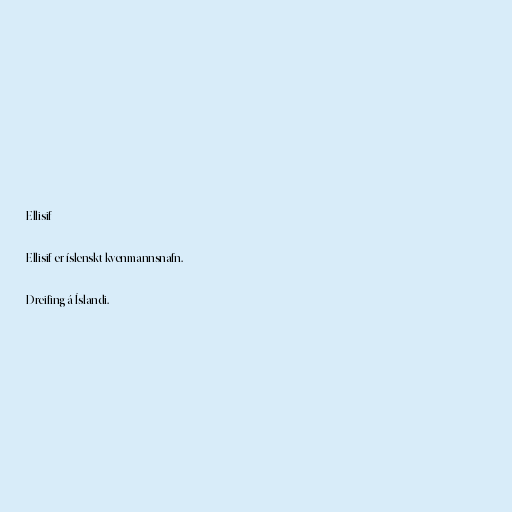
Ellisif

Ellisif er íslenskt kvenmannsnafn.

Dreifing á Íslandi.